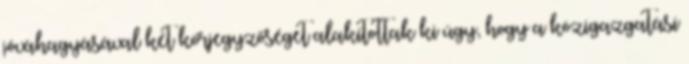
jóváhagyásával két körjegyzőséget alakítottak ki úgy, hogy a közigazgatási